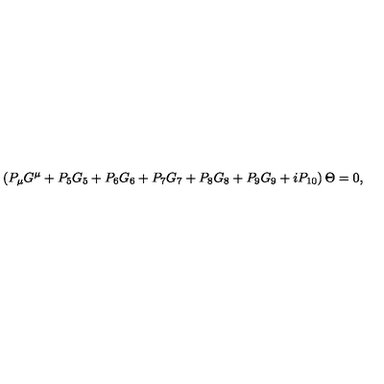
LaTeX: \left( P _ { \mu } G ^ { \mu } + P _ { 5 } G _ { 5 } + P _ { 6 } G _ { 6 } + P _ { 7 } G _ { 7 } + P _ { 8 } G _ { 8 } + P _ { 9 } G _ { 9 } + i P _ { 1 0 } \right) \Theta = 0 ,